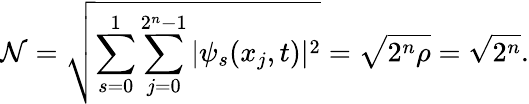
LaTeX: \mathcal{N}=\sqrt{\sum_{s=0}^{1}\sum_{j=0}^{2^{n}-1}|\psi_{s}(x_{j},t)|^{2}}=\sqrt{2^{n}\rho}=\sqrt{2^{n}}.